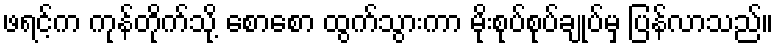
ဖရင့်က ကုန်တိုက်သို့ စောစော ထွက်သွားကာ မိုးစုပ်စုပ်ချုပ်မှ ပြန်လာသည်။